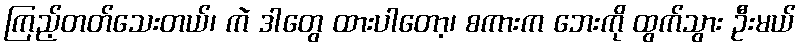
ကြည့်တတ်သေးတယ်၊ ကဲ ဒါတွေ ထားပါတော့၊ စကားက ဘေးကို ထွက်သွား ဦးမယ်